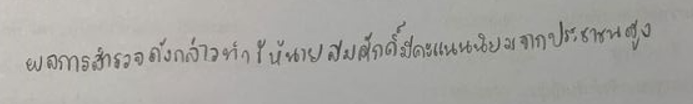
ผลการสำรวจดังกล่าวทำให้นายสมศักดิ์มีคะแนนนิยมจากประชาชนสูง